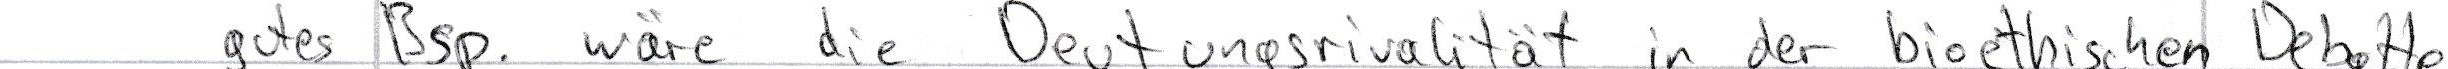
gutes Bsp. wäre die Deutungsrivalität in der bioethischen Debatte